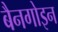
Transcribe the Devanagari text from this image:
बैनगोइन